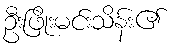
ဦးဖြိုးမင်းသိန်း၏